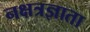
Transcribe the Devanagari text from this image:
नक्षत्रज्ञाता